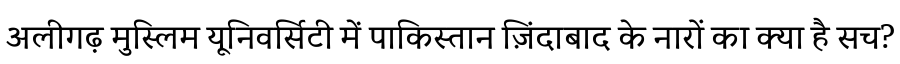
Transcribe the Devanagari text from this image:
अलीगढ़ मुस्लिम यूनिवर्सिटी में पाकिस्तान ज़िंदाबाद के नारों का क्या है सच?